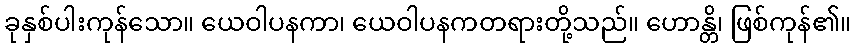
ခုနှစ်ပါးကုန်သော။ ယေဝါပနကာ၊ ယေဝါပနကတရားတို့သည်။ ဟောန္တိ၊ ဖြစ်ကုန်၏။